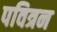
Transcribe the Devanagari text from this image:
पवित्रन